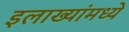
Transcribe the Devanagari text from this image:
इलाख्यांमध्ये